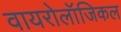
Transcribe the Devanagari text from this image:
वायरोलॉजिकल